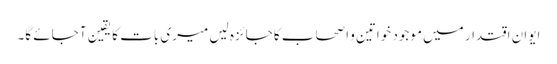
ایوان اقتدار میں موجود خواتین و اصحاب کا جائزہ لیں میری بات کا یقین آ جائے گا۔